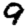
Digit: 9